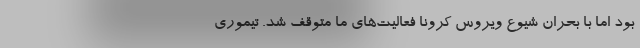
بود اما با بحران شیوع ویروس کرونا فعالیت‌های ما متوقف شد. تیموری